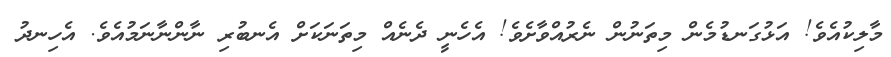
މާލިކުއެވެ! އަޅުގަނޑުމެން މިތަނުން ނެރުއްވާށެވެ! އެހެނީ ދެނެއް މިތަނަކަށް އެނބުރި ނާންނާނަމުއެވެ. އެހިނދު